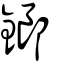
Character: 鎯